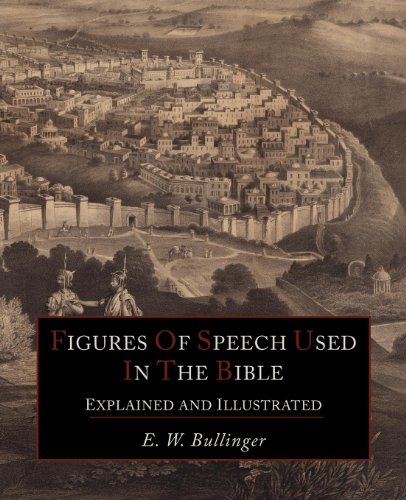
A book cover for Figures Of Speech Used In the Bible Explained and Illustrated; E. W. Bullinger; Christian Books & Bibles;